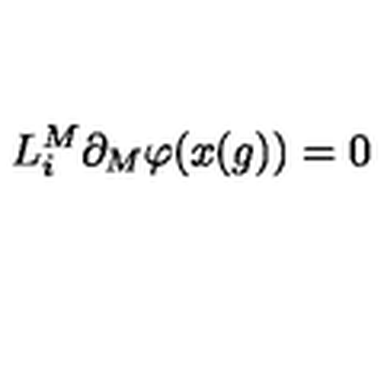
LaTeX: L _ { i } ^ { M } \partial _ { M } \varphi ( x ( g ) ) = 0